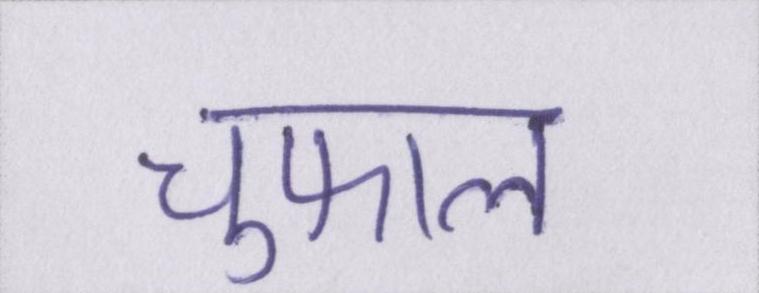
चुफाल